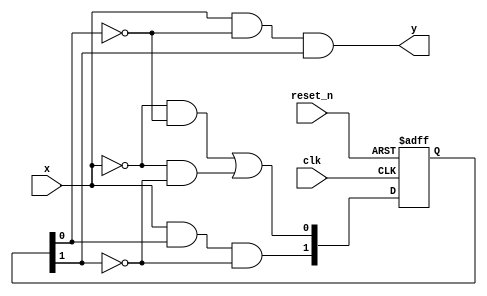

module mealy_011_detector
(
input clk,
input reset_n,
input x,
output y
);

reg[1:0]state_reg, state_next;

// state register
always @(posedge clk, negedge reset_n)
begin
	if(~reset_n)
		state_reg <= 'b0;
	else
		state_reg <= state_next;
end 

// Next state logic
always @(*)
begin
	state_next[1] = x & state_reg[0] & ~state_reg[1];
	state_next[0] = (~x & ~state_reg[0]) | (~x & ~state_reg[1]);
end

// output logic
assign y = x & ~state_reg[0] & state_reg[1];

endmodule